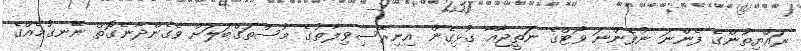
ރައްޔިތުންގެ ފެންނަ ނުފެންނަ ވޯޓްގެ ނަތީޖާއާ ގުޅިގެން އިނިރޭސިވިލާތުގެ މުސްތަގްބަލަށް ވެގެންދާނެގޮތް ނޭނގުމެއްގެ